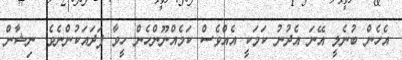
އެހެން ބުނެލީ އޭނަ އެދުނު ކަމަކީ އެއްވެސް ކަމެއްނޫންހެން ހީވާ ފަދައަކުންނެވެ. ނިޝާން